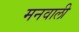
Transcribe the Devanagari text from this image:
मनवाली